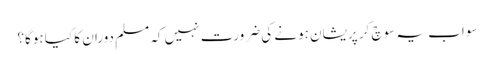
سو اب یہ سوچ کر پریشان ہونے کی ضرورت نہیں کہ مسلمِ دوران کا کیا ہوگا؟